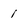
Character: 1